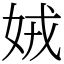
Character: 娀